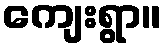
ကျေးရွာ။